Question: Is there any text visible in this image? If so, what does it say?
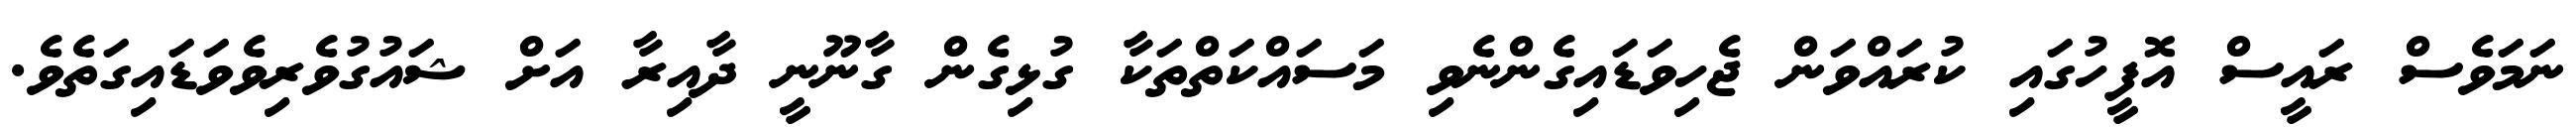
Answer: ނަމަވެސް ރައީސް އޮފީހުގައި ކުރައްވަން ޖެހިވަޑައިގެންނެވި މަސައްކަތްތަކާ ގުޅިގެން ގާނޫނީ ދާއިރާ އަށް ޝައުގުވެރިވެވަޑައިގަތެވެ.